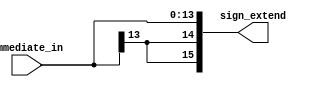
`timescale 1ns / 1ps

module sign_extend(immediate_in, sign_extend );

    input [13:0] immediate_in;
	output [15:0] sign_extend;
	
	   /* add your design */
	assign sign_extend = {{{immediate_in[13]}, {2{immediate_in[13]}}}, {immediate_in[12:0]}};
	
endmodule